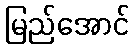
မြည်အောင်